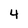
Character: 4